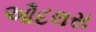
ઔદલસ